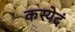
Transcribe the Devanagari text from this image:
कस्येदं